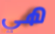
هي